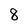
Character: 8